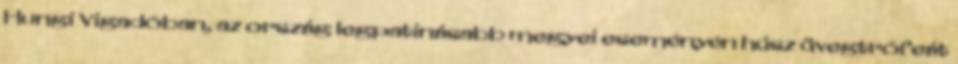
Hungi Vigadóban, az ország legpatinásabb megyei eseményén húsz üvegtrófeát